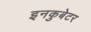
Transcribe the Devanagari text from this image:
इनकुबेटर